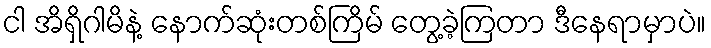
ငါ အိရှိဂါမိနဲ့ နောက်ဆုံးတစ်ကြိမ် တွေ့ခဲ့ကြတာ ဒီနေရာမှာပဲ။